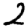
Digit: 2